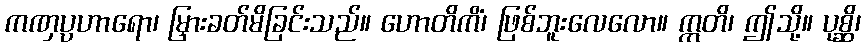
ကဏှပ္ပဟာရော၊ မြှားခတ်မိခြင်းသည်။ ဟောတိကိံ၊ ဖြစ်ဘူးလေလော။ ဣတိ၊ ဤသို့။ ပုစ္ဆိ၊